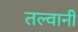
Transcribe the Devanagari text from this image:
तल्वानी